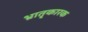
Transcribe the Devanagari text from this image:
भ्रातृ्कारक